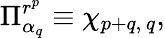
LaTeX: \Pi_{\alpha_{q}}^{r^{p}}\equiv\chi_{p+q,\, q},